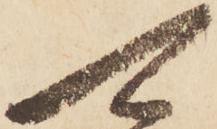
可